Indian journal of veterinary science and animal husbandry - Volumes 24-25, 1954-1955
Year: 1954
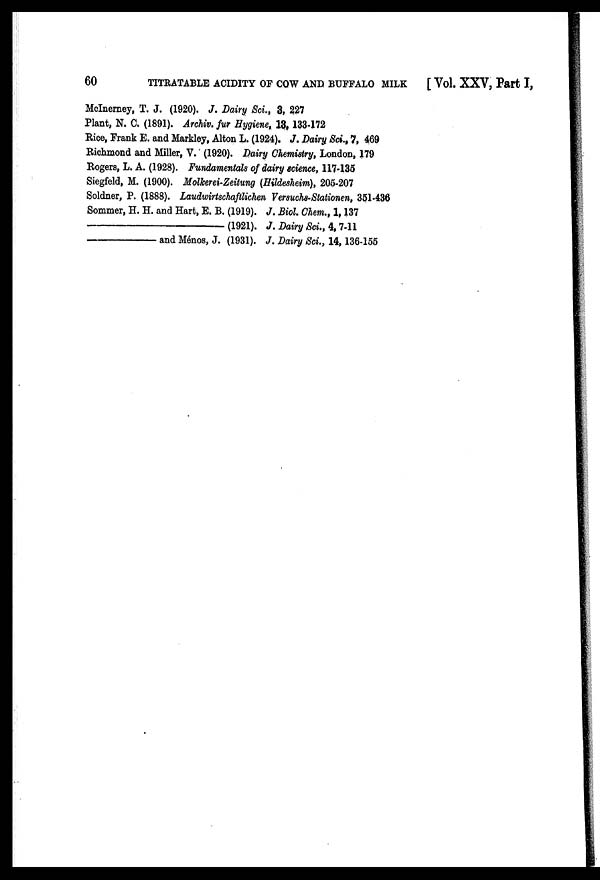
60
TITRATABLE ACIDITY OF COW AND BUFFALO MILK
[Vol. XXV, Part I,
McInerney, T. J. (1920). J. Dairy Sci., 3, 227
Plant, N. C. (1891). Archiv. fur Hygiene, 13, 133-172
Rice, Frank E. and Markley, Alton L. (1924). J. Dairy Sci., 7, 469
Richmond and Miller, V. (1920). Dairy Chemistry, London, 179
Rogers, L. A. (1928). Fundamentals of dairy science, 117-135
Siegfeld, M. (1900). Molkerei-Zeitung (Hildesheim), 205-207
Soldner, P. (1888). Laudwirtschaftlichen Versuchs-Stationen, 351-436
Sommer, H. H. and Hart, E. B. (1919). J. Biol. Chem., 1, 137
—(1921).
J. Dairy Sci., 4, 7-11
—and
Ménos, J. (1931). J. Dairy Sci., 14,136-155